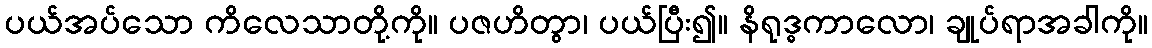
ပယ်အပ်သော ကိလေသာတို့ကို။ ပဇဟိတွာ၊ ပယ်ပြီး၍။ နိရုဒ္ဓကာလော၊ ချုပ်ရာအခါကို။